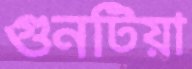
গুনটিয়া